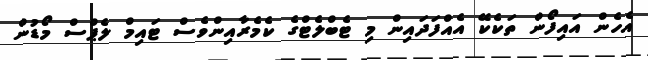
އެހެން އައިފޯން ތަކެކޭ އެއްފަދައިން މި ޓެބްލެޓްގެ ކެމެރާއިންވެސް ޓައިމް ލެޕްސް މޯޑުން